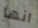
انها